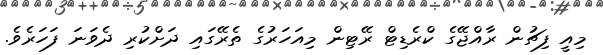
މިއީ ފިޗުން ރާއްޖޭގެ ކްރެޑިޓް ރޭޓިން މިއަހަރުގެ ތެރޭގައި ދަށްކުރި ދެވަނަ ފަހަރެވެ.